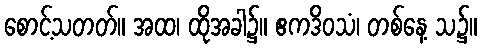
စောင့်သတတ်။ အထ၊ ထိုအခါ၌။ ဧကဒိဝသံ၊ တစ်နေ့ သ၌။